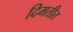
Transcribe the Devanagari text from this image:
दिमतीत